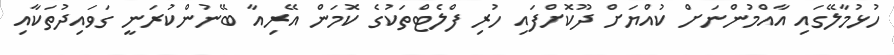
ހުޅުމާލޭގައި އާއްމުންނަށް ކުއްޔަށް ދޫކޮށްފައި ހުރި ފްލެޓްތަކުގެ ކޮމަން އޭރިއާ ބޭނުންކުރަނީ ގަވައިދުތަކާއި